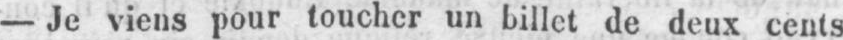
- Je viens pour toucher un billet de deux cents